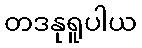
တဒနုရူပါယ